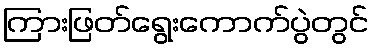
ကြားဖြတ်ရွေးကောက်ပွဲတွင်